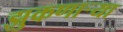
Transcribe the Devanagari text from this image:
झुकणाऱ्या